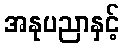
အနုပညာနှင့်